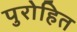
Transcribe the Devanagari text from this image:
पुरोहित